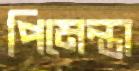
পিমেন্তা